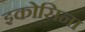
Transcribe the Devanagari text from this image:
इकोसिना